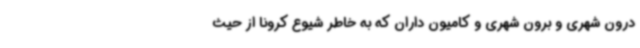
درون شهری و برون شهری و کامیون داران که به خاطر شیوع کرونا از حیث